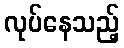
လုပ်နေသည့်